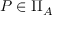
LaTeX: P \in \Pi _ { A }